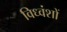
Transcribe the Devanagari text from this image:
विध्वंशों